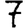
Digit: 7